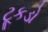
ટૂકડો